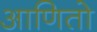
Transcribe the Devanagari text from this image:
आणितो